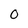
Character: 0